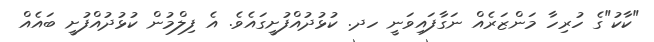
"ކާކު"ގެ ހުރިހާ މަންޒަރެއް ނަގާފައިވަނީ ހދ. ކުޅުދުއްފުށީގައެވެ. އެ ފިލްމުން ކުޅުދުއްފުށީ ބައެއް